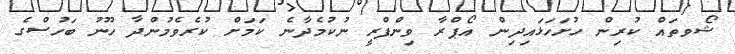
ޝޯވތައް ކުރިން ހުށަހަޅައިދިން އޯޕްރާ ވިންފްރީ ނުކުމެދާނެ ކަމަށް ކުރެވެމުންދާ ހޫނު ބަހުސްގެ